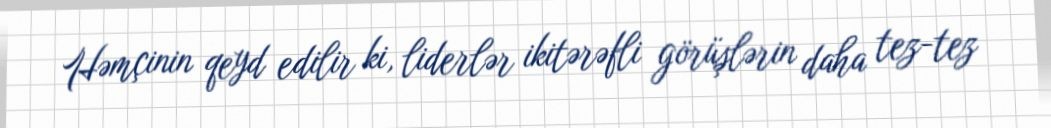
Həmçinin qeyd edilir ki, liderlər ikitərəfli görüşlərin daha tez-tez